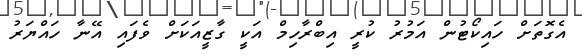
އެގޮތަށް ހައިކޯޓުން އަމުރު ކުރީ އިބްރާހިމް އަކީ ގާޒީއަކަށް ވެފައި އޭނާ ހައްޔަރު